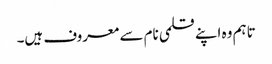
تاہم وہ اپنے قلمی نام سے معروف ہیں۔